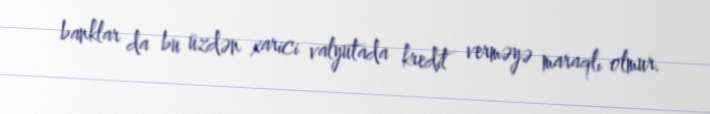
banklar da bu üzdən xarici valyutada kredit verməyə maraqlı olmur.